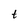
Character: t